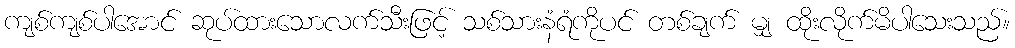
ကျစ်ကျစ်ပါအောင် ဆုပ်ထားသောလက်သီးဖြင့် သစ်သားနံရံကိုပင် တစ်ချက် မျှ ထိုးလိုက်မိပါသေးသည်။